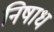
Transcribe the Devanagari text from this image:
निषाध